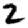
Digit: 2